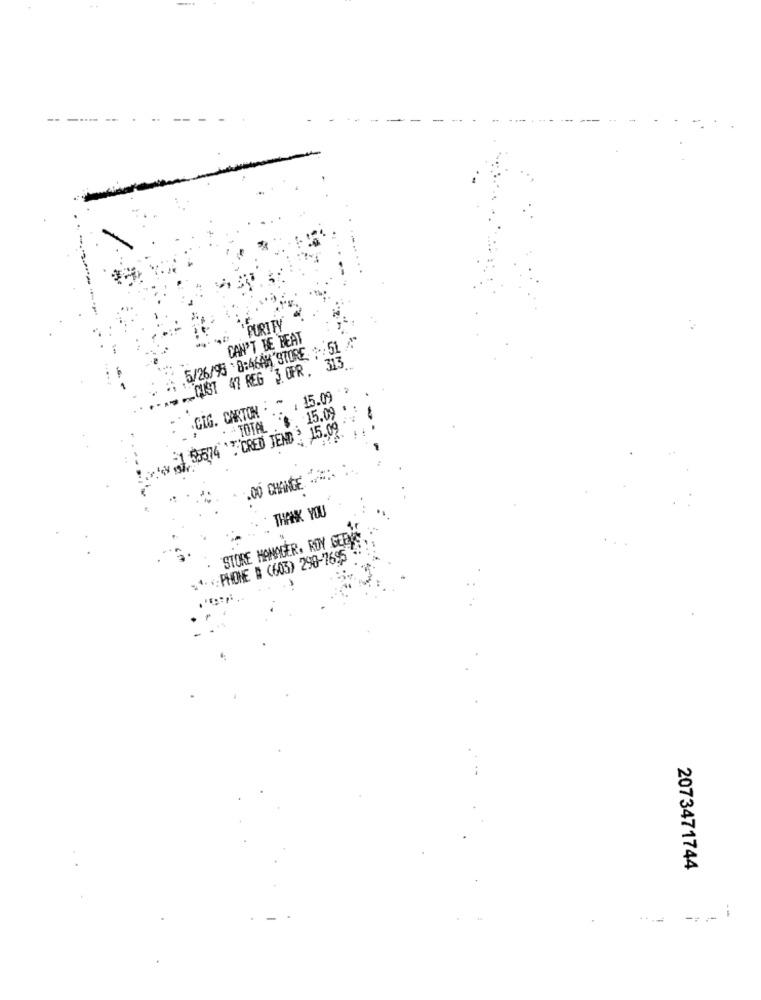
-- ---- --
PURI FY
CAN'T BE BEAT
.5/26/93 8:46AM STORE : 51
CUST 47 REG 3 OPR , 313.
:-
15.09
.GIG. CARTON
-15.09
-1 55574 'T CRED JEND : 15.09
TOTAL
.00 CHANGE
THANK YOU
STORE MANAGER, ROY GEEN
* ; PHONE # (603) 298-7695
2073471744